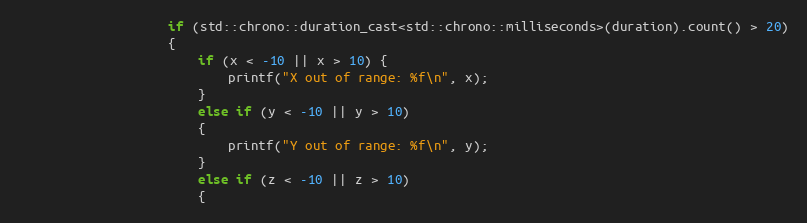
Language: C++
                    if (std::chrono::duration_cast<std::chrono::milliseconds>(duration).count() > 20)
                    {
                        if (x < -10 || x > 10) {
                            printf("X out of range: %f\n", x);
                        }
                        else if (y < -10 || y > 10)
                        {
                            printf("Y out of range: %f\n", y);
                        }
                        else if (z < -10 || z > 10)
                        {